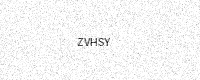
Text: ZVHSY